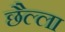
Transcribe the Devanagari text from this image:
छैल्ला